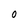
Character: 0